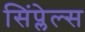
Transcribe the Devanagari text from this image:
सिंप्लेल्स